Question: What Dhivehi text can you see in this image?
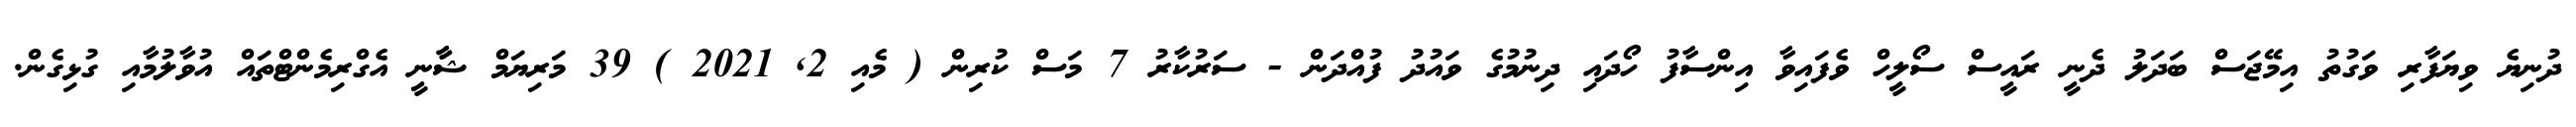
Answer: ދުނިޔެ ވިޔަފާރި ވަގުތު އިމޭޖަސް ބަދަލު ދެނީ ރައީސް ސޯލީހް ވެފައިވާ އިންސާފު ހޯދައި ދިނުމުގެ ވައުދު ފުއްދަން - ސަރުކާރު 7 މަސް ކުރިން ( މެއި 2, 2021 ) 39 މަރިޔަމް ޝާާނީ އެގްރިމެންޓްތައް އުވާލުމާއި ގުޅިގެން.